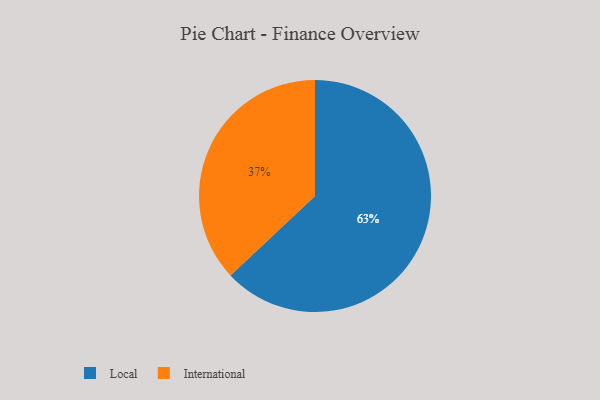
{"axis": {"x": "Category", "y": "Percentage"}, "legend": ["International", "Local"], "data": [{"x": "International", "y": 37, "type": "International"}, {"x": "Local", "y": 63, "type": "Local"}]}